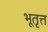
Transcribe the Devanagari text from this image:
भूतृत्त